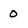
Character: o